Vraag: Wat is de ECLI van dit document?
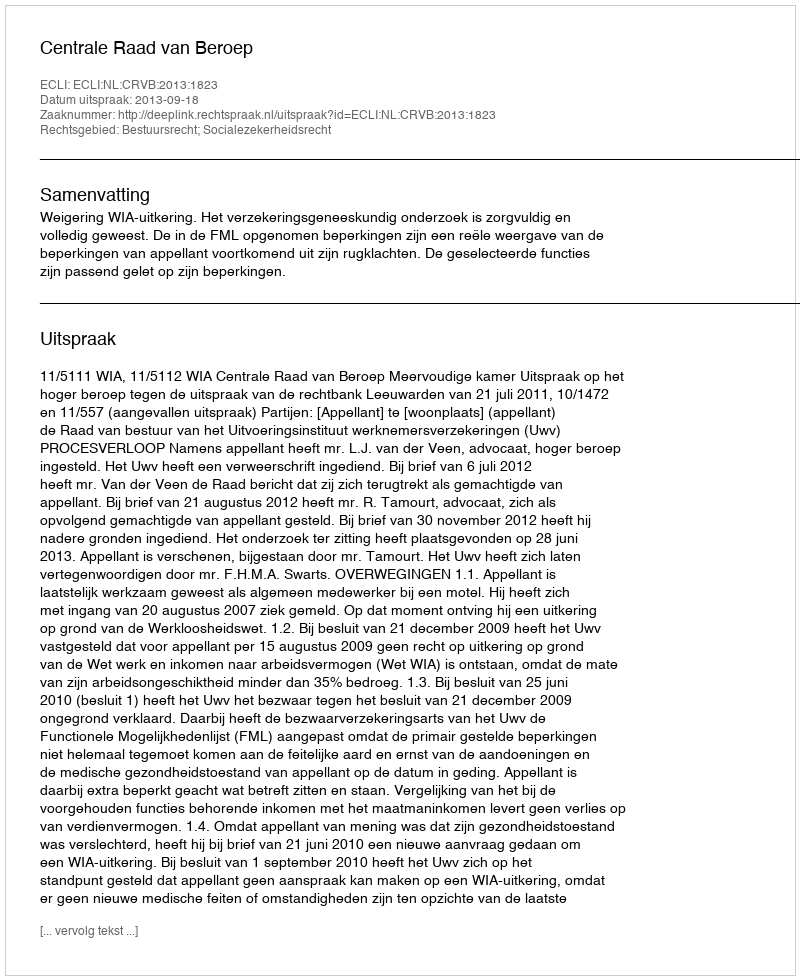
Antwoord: ECLI:NL:CRVB:2013:1823